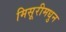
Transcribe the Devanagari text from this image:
मिसूरीमधुन